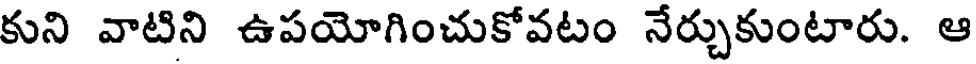
కుని వాటిని ఉపయోగించుకోవటం నేర్చుకుంటారు. ఆ